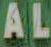
AL